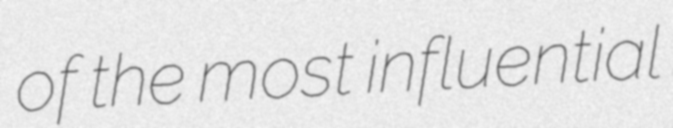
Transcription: of the most influential